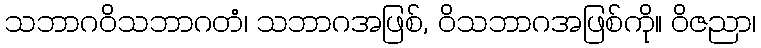
သဘာဂဝိသဘာဂတံ၊ သဘာဂအဖြစ်, ဝိသဘာဂအဖြစ်ကို။ ဝိဇညာ၊